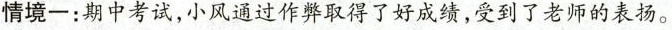
情境一：期中考试，小风通过作弊取得了好成绩，受到了老师的表扬。